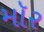
મૉર